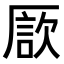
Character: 𠪗